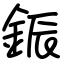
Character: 鋠